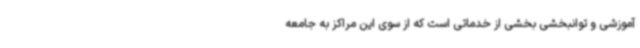
آموزشی و توانبخشی بخشی از خدماتی است که از سوی این مراکز به جامعه